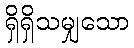
ရှိရှိသမျှသော